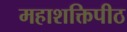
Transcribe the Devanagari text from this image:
महाशक्तिपीठ